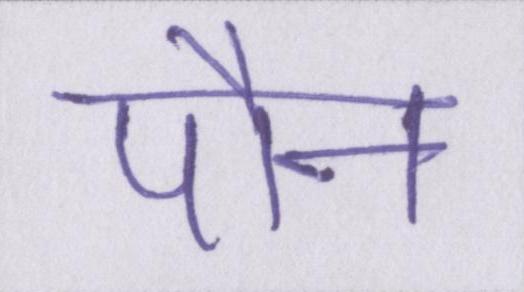
पौन